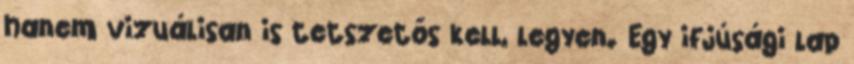
hanem vizuálisan is tetszetős kell, legyen. Egy ifjúsági lap